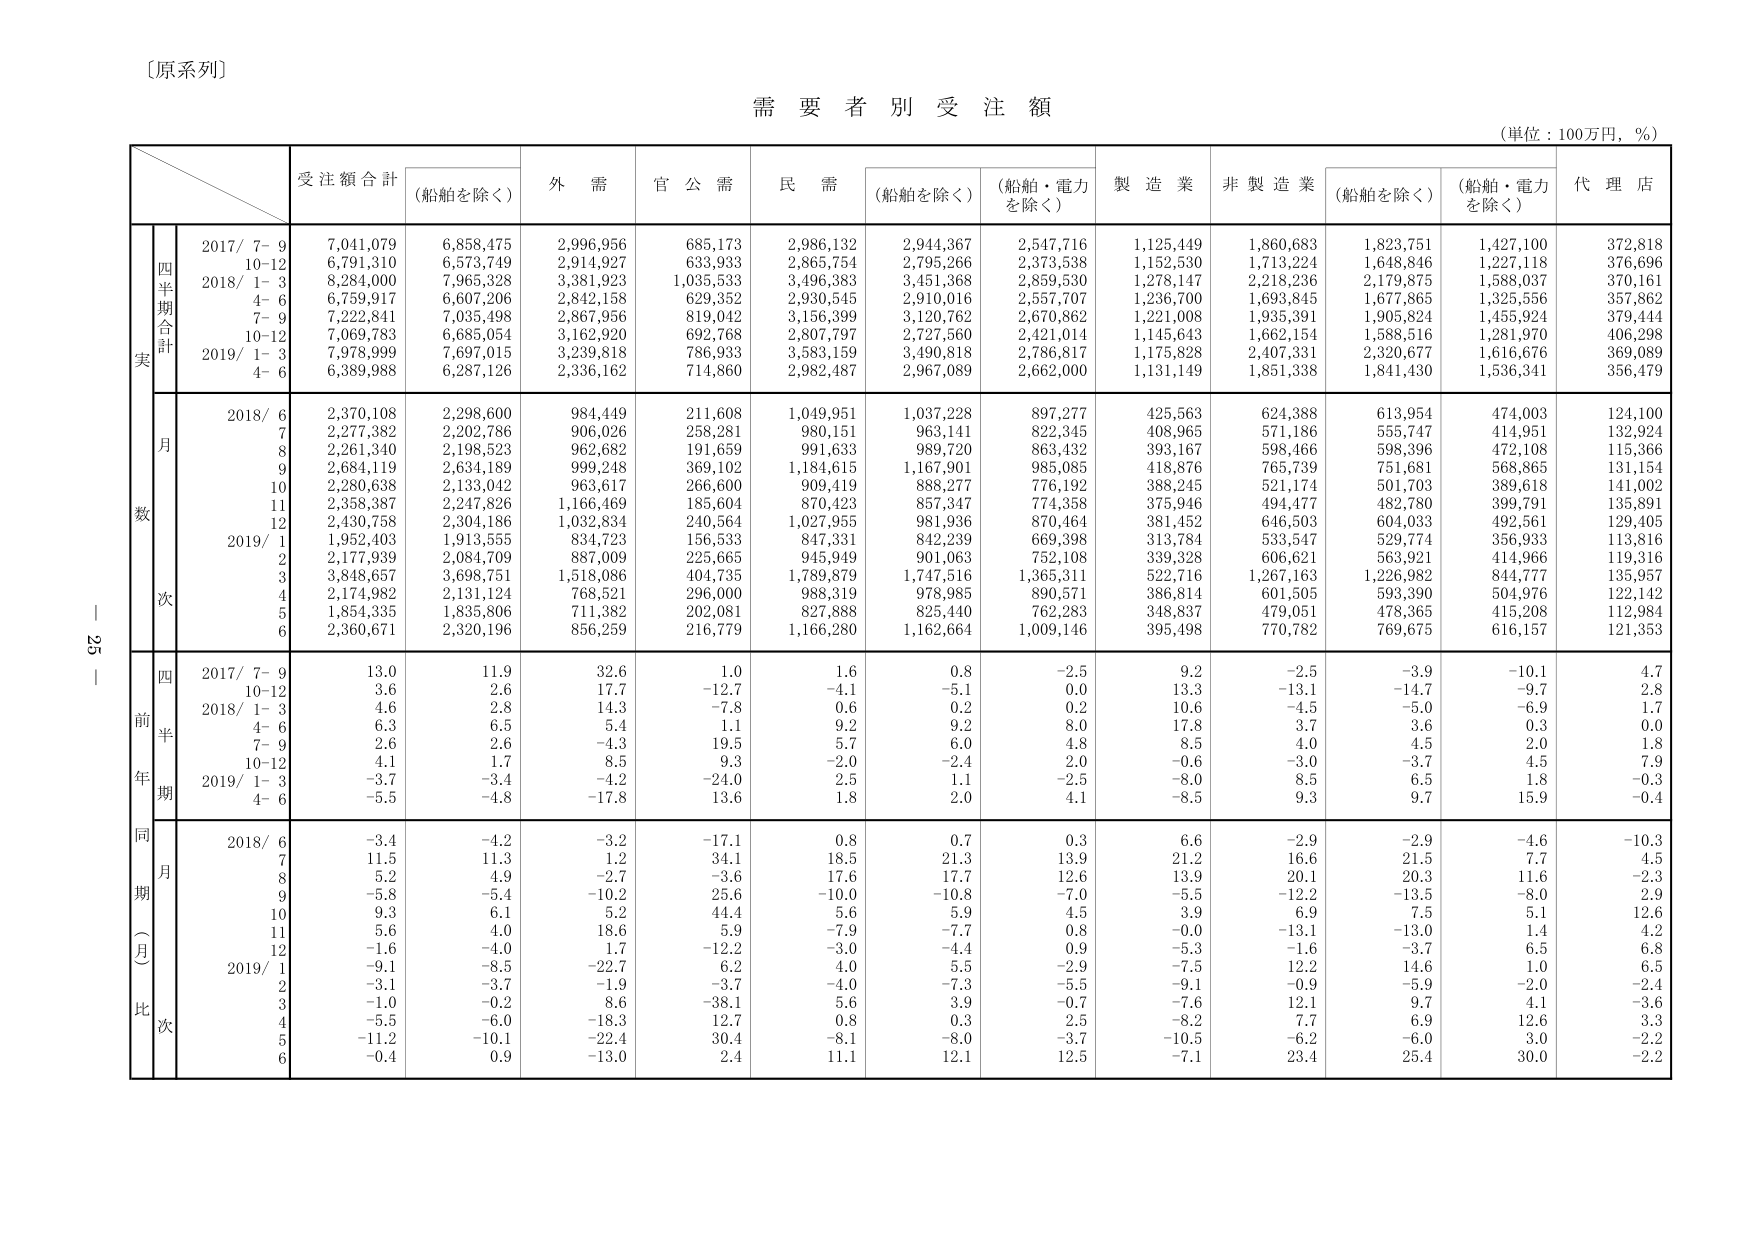
〔原系列〕

需要者別受注額
（単位：100万円，％）

受注額合計
（船舶を除く）
外需
官公需
民需
（船舶を除く）
（船舶・電力を除く）
製造業
非製造業
（船舶を除く）
（船舶・電力を除く）
代理店

四半期合計
実数
2017/ 7-9
7,041,079
6,858,475
2,996,956
685,173
2,986,132
2,944,367
2,547,716
1,125,449
1,860,683
1,823,751
1,427,100
372,818
10-12
6,791,310
6,573,749
2,914,927
633,933
2,865,754
2,795,266
2,373,538
1,152,530
1,713,224
1,648,846
1,227,118
376,696
2018/ 1-3
8,284,000
7,965,328
3,381,923
1,035,533
3,496,383
3,451,368
2,859,530
1,278,147
2,218,236
2,179,875
1,588,037
370,161
4-6
6,759,917
6,607,206
2,842,158
629,352
2,930,545
2,910,016
2,557,707
1,236,700
1,693,845
1,677,865
1,325,556
357,862
7-9
7,222,841
7,035,498
2,867,956
819,042
3,156,399
3,120,762
2,670,862
1,221,008
1,935,391
1,905,824
1,455,924
379,444
10-12
7,069,783
6,683,054
3,162,920
692,768
2,807,797
2,727,560
2,421,014
1,145,643
1,662,154
1,588,516
1,281,970
406,298
2019/ 1-3
7,978,999
7,697,015
3,239,818
786,933
3,583,159
3,490,818
2,786,817
1,175,828
2,407,331
2,320,677
1,616,676
369,089
4-6
6,389,988
6,287,126
2,336,162
714,860
2,982,487
2,967,089
2,662,000
1,131,149
1,851,338
1,841,430
1,536,341
356,479

月次
2018/ 6
2,370,108
2,298,600
984,449
211,608
1,049,951
1,037,228
897,277
425,563
624,388
613,954
474,003
124,100
7
2,277,382
2,202,786
906,026
258,281
980,151
963,141
822,345
408,965
571,186
555,747
414,951
132,924
8
2,261,340
2,198,523
962,682
191,659
991,633
989,720
863,432
393,167
598,466
598,396
472,108
115,366
9
2,684,119
2,634,189
999,248
369,102
1,184,615
1,167,901
985,085
418,876
765,739
751,681
568,865
131,154
10
2,280,638
2,133,042
963,617
266,600
909,419
888,277
776,192
388,245
521,174
501,703
389,618
141,002
11
2,358,387
2,247,826
1,166,469
185,604
870,423
857,347
774,358
375,946
494,477
482,780
399,791
135,891
12
2,430,758
2,304,186
1,032,834
240,564
1,027,955
981,936
870,464
381,452
646,503
604,033
492,561
129,405
2019/ 1
1,952,403
1,913,555
834,723
156,533
847,331
842,239
669,398
313,784
533,547
529,774
356,933
113,816
2
2,177,939
2,084,709
887,009
225,665
945,949
901,063
752,108
339,328
606,621
563,921
414,966
119,316
3
3,848,657
3,698,751
1,518,086
404,735
1,789,879
1,747,516
1,365,311
522,716
1,267,163
1,226,982
844,777
135,957
4
2,174,982
2,131,124
768,521
296,000
988,319
978,985
890,571
386,814
601,505
593,390
504,976
122,142
5
1,854,335
1,835,806
711,382
202,081
827,888
825,440
762,283
348,837
479,051
478,365
415,208
112,984
6
2,360,671
2,320,196
856,259
216,779
1,166,280
1,162,664
1,009,146
395,498
770,782
769,675
616,157
121,353

四半期
前年比
2017/ 7-9
13.0
11.9
32.6
1.0
1.6
0.8
-2.5
9.2
-2.5
-3.9
-10.1
4.7
10-12
3.6
2.6
17.7
-12.7
-4.1
-5.1
0.0
13.3
-13.1
-14.7
-9.7
2.8
2018/ 1-3
4.6
2.8
14.3
-7.8
0.6
0.2
0.2
10.6
-4.5
-5.0
-6.9
1.7
4-6
6.3
6.5
5.4
1.1
9.2
9.2
8.0
17.8
3.7
3.6
0.3
0.0
7-9
2.6
2.6
-4.3
19.5
5.7
6.0
4.8
8.5
4.0
4.5
2.0
1.8
10-12
4.1
1.7
8.5
9.3
-2.0
-2.4
2.0
-0.6
-3.0
-3.7
4.5
7.9
2019/ 1-3
-3.7
-3.4
-4.2
-24.0
2.5
1.1
-2.5
-8.0
8.5
6.5
1.8
-0.3
4-6
-5.5
-4.8
-17.8
13.6
1.8
2.0
4.1
-8.5
9.3
9.7
15.9
-0.4

同期（月）比
2018/ 6
-3.4
-4.2
-3.2
-17.1
0.8
0.7
0.3
6.6
-2.9
-2.9
-4.6
-10.3
7
11.5
11.3
1.2
34.1
18.5
21.3
13.9
21.2
16.6
21.5
7.7
4.5
8
5.2
4.9
-2.7
-3.6
17.6
17.7
12.6
13.9
20.1
20.3
11.6
-2.3
9
-5.8
-5.4
-10.2
25.6
-10.0
-10.8
-7.0
-5.5
-12.2
-13.5
-8.0
2.9
10
9.3
6.1
5.2
44.4
5.6
5.9
4.5
3.9
6.9
7.5
5.1
12.6
11
5.6
4.0
18.6
5.9
-7.9
-7.7
0.8
-0.0
-13.1
-13.0
1.4
4.2
12
-1.6
-4.0
1.7
-12.2
-3.0
-4.4
0.9
-5.3
-1.6
-3.7
6.5
6.8
2019/ 1
-9.1
-8.5
-22.7
6.2
4.0
5.5
-2.9
-7.5
12.2
14.6
1.0
6.5
2
-3.1
-3.7
-1.9
-3.7
-4.0
-7.3
-5.5
-9.1
-0.9
-5.9
-2.0
-2.4
3
-1.0
-0.2
8.6
-38.1
5.6
3.9
-0.7
-7.6
12.1
9.7
4.1
-3.6
4
-5.5
-6.0
-18.3
12.7
0.8
0.3
2.5
-8.2
7.7
6.9
12.6
3.3
5
-11.2
-10.1
-22.4
30.4
-8.1
-8.0
-3.7
-10.5
-6.2
-6.0
3.0
-2.2
6
-0.4
0.9
-13.0
2.4
11.1
12.1
12.5
-7.1
23.4
25.4
30.0
-2.2

－ 25 －